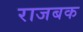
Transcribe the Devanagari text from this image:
राजबक